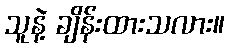
သူနဲ့ ချိန်းထားသလား။